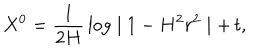
X ^ { 0 } = \frac { 1 } { 2 H } \, \log \mid 1 - H ^ { 2 } r ^ { 2 } \mid + \, t ,